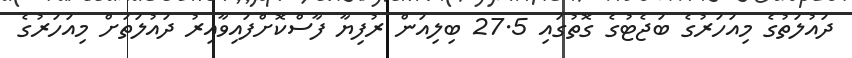
ދައުލަތުގެ މިއަހަރުގެ ބަޖެޓުގެ ގޮތުގައި 27.5 ބިލިއަން ރުފިޔާ ފާސްކޮށްފައިވާއިރު ދައުލަތަށް މިއަހަރުގެ